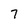
Character: 7